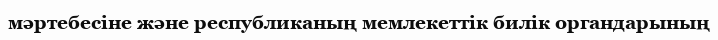
мәртебесіне және республиканың мемлекеттік билік органдарының